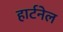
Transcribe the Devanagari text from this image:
हार्टनेल